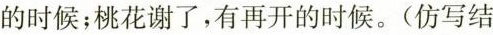
的时候；桃花谢了，有再开的时候。(仿写结